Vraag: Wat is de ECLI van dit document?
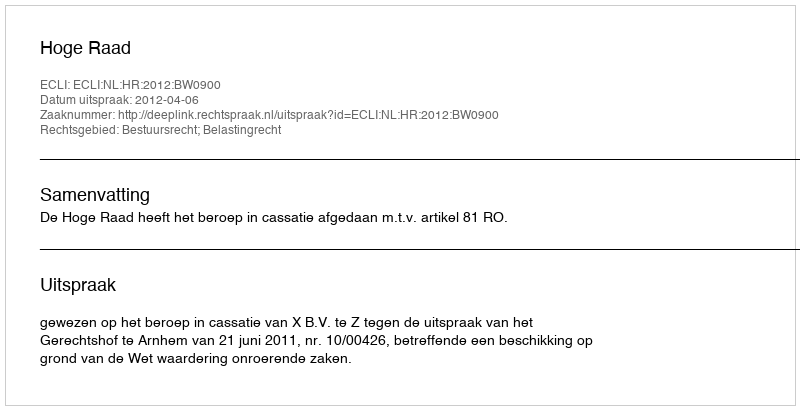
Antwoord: ECLI:NL:HR:2012:BW0900